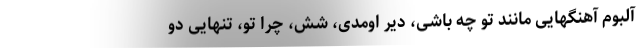
آلبوم آهنگهایی مانند تو چه باشی، دیر اومدی، شش، چرا تو، تنهایی دو